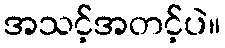
အသင့်အတင့်ပဲ။